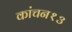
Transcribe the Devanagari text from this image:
कांचन१३